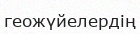
геожүйелердің